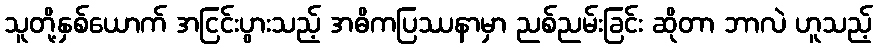
သူတို့နှစ်ယောက် အငြင်းပွားသည့် အဓိကပြဿနာမှာ ညစ်ညမ်းခြင်း ဆိုတာ ဘာလဲ ဟူသည့်